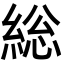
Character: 総